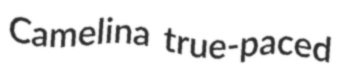
Camelina true-paced